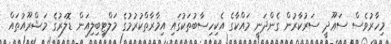
މިހާރުވެސް ސަޢޫދީ ސަރުކާރުން ގެންދަނީ މައްކާގެ އެކިހިސާބުތަކުގައި އިމާރާތްކުރުމުގެ މަލްޓިބިލިއަން ޑޮލަރުގެ މަޝްރޫއުތައް